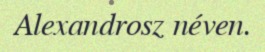
Alexandrosz néven.